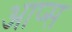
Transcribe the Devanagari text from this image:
आप्स